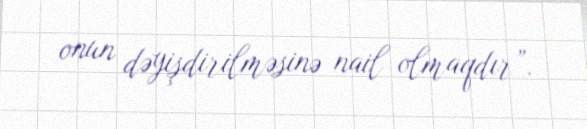
onun dəyişdirilməsinə nail olmaqdır”.